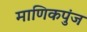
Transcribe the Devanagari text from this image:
माणिकपुंज